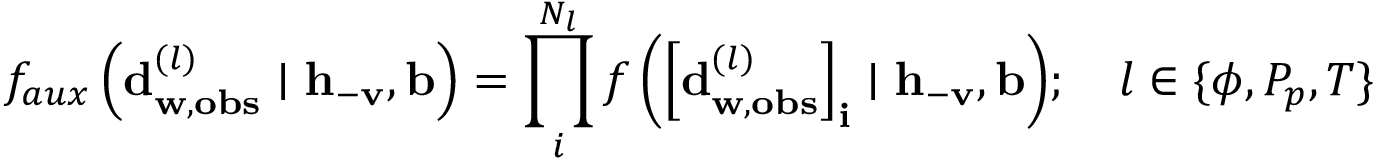
f _ { a u x } \left( \mathbf { d } _ { \mathbf { w } , \mathbf { o b s } } ^ { ( l ) } \mid \mathbf { h } _ { - \mathbf { v } } , \mathbf { b } \right) = \prod _ { i } ^ { N _ { l } } { f \left( \left[ \mathbf { d } _ { \mathbf { w } , \mathbf { o b s } } ^ { ( l ) } \right] _ { \mathbf { i } } \mid \mathbf { h } _ { - \mathbf { v } } , \mathbf { b } \right) } ; \ \ \ l \in \{ \phi , P _ { p } , T \}